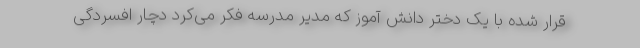
قرار شده با یک دختر دانش آموز که مدیر مدرسه فکر می‌کرد دچار افسردگی